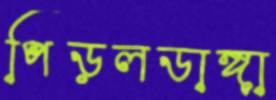
পিড়লডাঙ্গা